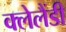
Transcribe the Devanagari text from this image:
क्लेलैंडी